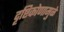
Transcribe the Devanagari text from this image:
दृष्टिकोणामुळे